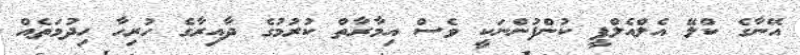
އޭނާގެ ކްލޭ އެލްއެލްޕީ ކުންފުންނަކީ ވެސް އިމާރާތް ކުރުމުގެ ދާއިރާގެ ހުރިހާ ހިދުމަތެއް